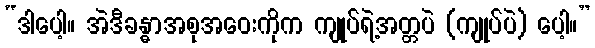
“ဒါပေါ့။ အဲဒီခန္ဓာအစုအဝေးကိုက ကျုပ်ရဲ့အတ္တပဲ (ကျုပ်ပဲ) ပေါ့။”